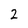
Character: 2